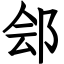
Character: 郐